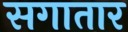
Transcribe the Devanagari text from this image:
सगातार